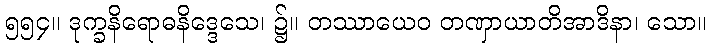
၅၅၄။ ဒုက္ခနိရောဓနိဒ္ဒေသေ၊ ၌။ တဿာယေဝ တဏှာယာတိအာဒိနာ၊ သော။